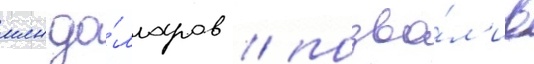
млн до́лларов / позво́л'ив